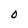
Character: O